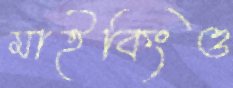
মাইকিংও